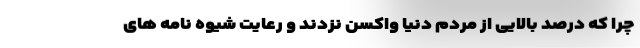
چرا که درصد بالایی از مردم دنیا واکسن نزدند و رعایت شیوه نامه های